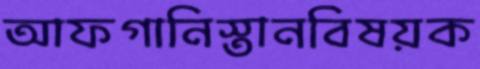
আফগানিস্তানবিষয়ক